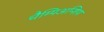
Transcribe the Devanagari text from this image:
चैम्पिअन्शिप